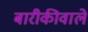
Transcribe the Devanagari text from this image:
बारीकीवाले